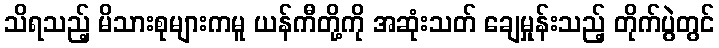
သိရသည့် မိသားစုများကမူ ယန်ကီတို့ကို အဆုံးသတ် ချေမှုန်းသည့် တိုက်ပွဲတွင်